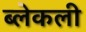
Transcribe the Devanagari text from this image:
ब्लेकली